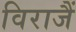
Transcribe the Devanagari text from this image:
विराजैं